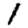
Digit: 1